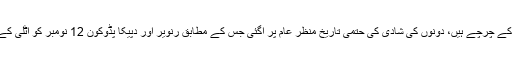
بھارتی میڈیا میں ان دنوں اداکارہ دپیکا پڈوکون اوررنویر سنگھ کی شادی کے چرچے ہیں، دونوں کی شادی کی حتمی تاریخ منظر عام پر آگئی جس کے مطابق رنویر اور دپیکا پڈوکون 12 نومبر کو اٹلی کے خوبصورت مقام ’’لیک کیمو‘‘ میں شادی کے بندھن میں بندھ جائیں گے۔